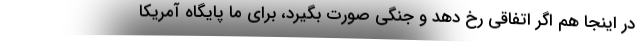
در اینجا هم اگر اتفاقی رخ دهد و جنگی صورت بگیرد، برای ما پایگاه آمریکا